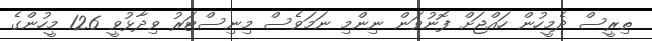
ތިރީސް ދެމީހުން ހައްޖަށް ފޮނުވަން ނިންމި ނަމަވެސް މިނިސްޓަރު ވިދާޅުވީ 126 މީހުންގެ